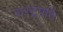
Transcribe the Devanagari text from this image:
रास्ट्रपति